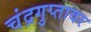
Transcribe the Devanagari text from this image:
चंद्रगुप्तावर